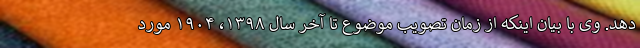
دهد. وی با بیان اینکه از زمان تصویب موضوع تا آخر سال ۱۳۹۸، ۱۹۰۴ مورد